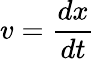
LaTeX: v={\frac{dx}{dt}}